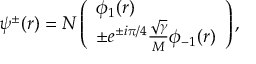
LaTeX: \psi ^ { \pm } ( r ) = N \left( \begin{array} { l } { { \phi _ { 1 } ( r ) } } \\ { { \pm e ^ { \pm i \pi / 4 } \frac { \sqrt { \gamma } } { M } \phi _ { - 1 } ( r ) } } \end{array} \right) ,